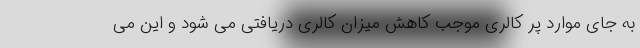
به جای موارد پر کالری موجب کاهش میزان کالری دریافتی می شود و این می